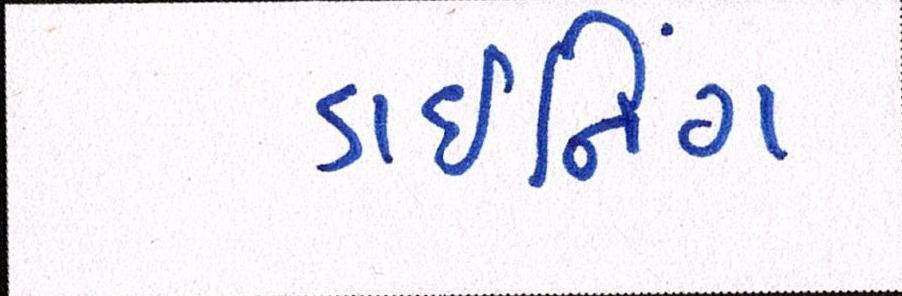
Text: ડાઇનિંગ